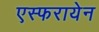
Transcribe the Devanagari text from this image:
एस्फरायेन